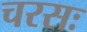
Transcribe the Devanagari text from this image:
चरसः